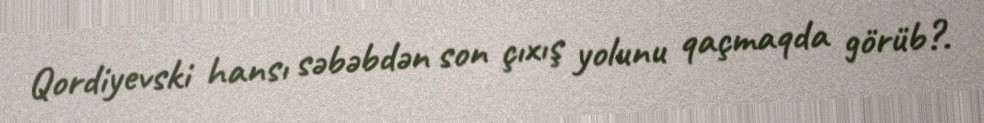
Qordiyevski hansı səbəbdən son çıxış yolunu qaçmaqda görüb?.